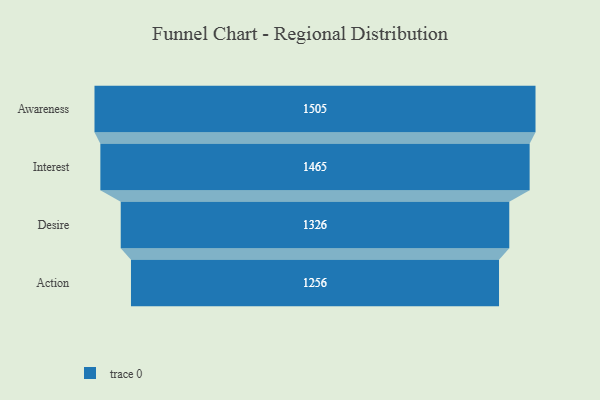
{"axis": {"x": "Stage", "y": "Value"}, "legend": [""], "data": [{"x": "Awareness", "y": 1505.0, "type": ""}, {"x": "Interest", "y": 1465.0, "type": ""}, {"x": "Desire", "y": 1326.0, "type": ""}, {"x": "Action", "y": 1256.0, "type": ""}]}